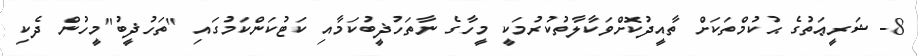
8- ޝަރީޢަތުގެ ޙުކުމްތަކަށް ތާއީދުކޮށްވަކާލާތުކުރުމަކީ މީހާގެ ނާތަހުޛީބުކަމާއި ކަޓުކަންކަމުގައި "ތަހުޛީބު"މީހުން ދެކި